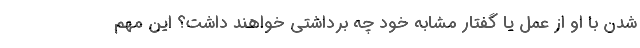
شدن با او از عمل یا گفتار مشابه خود چه برداشتی خواهند داشت؟ این مهم